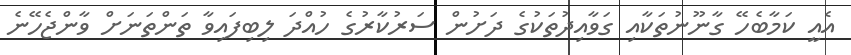
އެއީ ކަމާބެހޭ ގާނޫނުތަކާއި ގަވާއިދުތަކުގެ ދަށުން ސަރުކާރުގެ ހުއްދަ ލިބިފައިވާ ތަންތަނަށް ވާންޖެހޭނެ